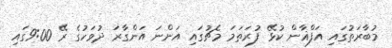
މުބާރަތުގައި އަފްޣާން ކުޅޭ ފުރަތަމަ މެޗުގައި އަންނަ އަންގާރަ ދުވަހުގެ ރޭ 9:00ގައި